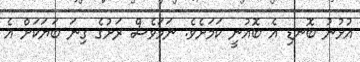
އުޅުނު ބޮނޑި އެ ބޮއުނީ ކަމަށެވެ. ނަމަވެސް ރަށުގެ ގިނަ ބަޔަކަށް އެ